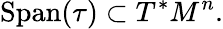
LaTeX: {\mathrm{Span}}(\tau)\subset T^{*}M^{n}.